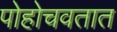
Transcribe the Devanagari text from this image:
पोहोचवतात